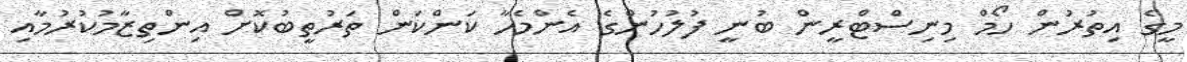
މީގެ އިތުރުން ހޯމް މިނިސްޓްރީން ބުނީ ފުލުހުންގެ އެންމެހާ ކަންކަން ތަރުތީބުކޮށް އިންތިޒާމުކުރުމާއި